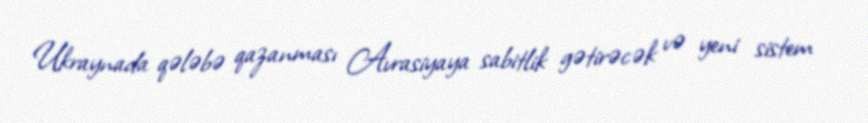
Ukraynada qələbə qazanması Avrasiyaya sabitlik gətirəcək və yeni sistem